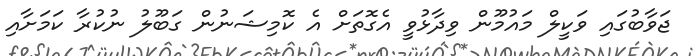
ޖަވާބުގައި ވަކީލް މައުމޫން ވިދާޅުވީ އެގޮތަށް އެ ކޮމިޝަނުން ގަބޫލު ނުކުރާ ކަމަށާއި